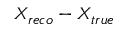
X _ { r e c o } - X _ { t r u e }